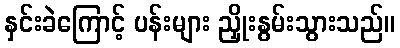
နှင်းခဲကြောင့် ပန်းများ ညှိုးနွမ်းသွားသည်။